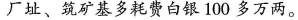
厂址、筑矿基多耗费白银100多万两。